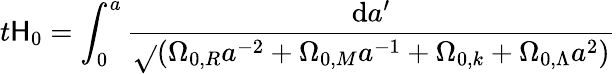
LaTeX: t\mathsf{H}_{0}=\int_{0}^{a}{\frac{{\mathrm{{d}}a^{\prime}}}{{\sqrt{}{{(\Omega_{0,R}a^{-2}+\Omega_{0,M}a^{-1}+\Omega_{0,k}+\Omega_{0,\Lambda}a^{2})}}}}}